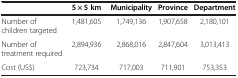
|  | 5 × 5 km | Municipality | Province | Department |
 | --- | --- | --- | --- | --- |
 | Number of children targeted | 1,481,605 | 1,749,136 | 1,907,658 | 2,180,101 |
 | Number of treatment required | 2,894,936 | 2,868,016 | 2,847,604 | 3,013,413 |
 | Cost (US$) | 723,734 | 717,003 | 711,901 | 753,353 |